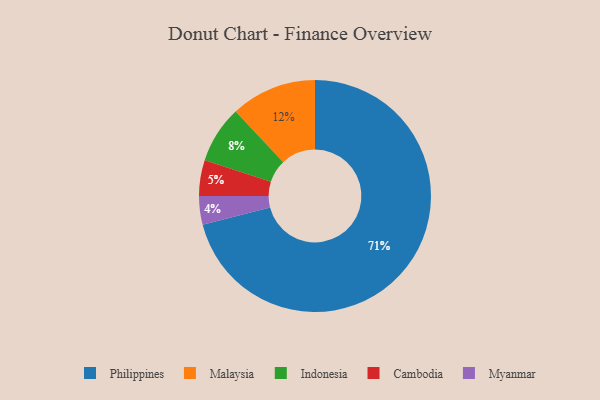
{"axis": {"x": "Category", "y": "Percentage"}, "legend": ["Cambodia", "Indonesia", "Malaysia", "Myanmar", "Philippines"], "data": [{"x": "Indonesia", "y": 8, "type": "Indonesia"}, {"x": "Philippines", "y": 71, "type": "Philippines"}, {"x": "Malaysia", "y": 12, "type": "Malaysia"}, {"x": "Myanmar", "y": 4, "type": "Myanmar"}, {"x": "Cambodia", "y": 5, "type": "Cambodia"}]}